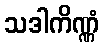
သဒါကိဏ္ဏံ